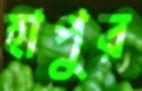
হাপুর